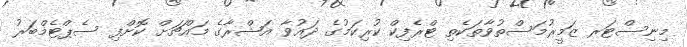
މިނިސްޓަރ ޒަމީރުމަސްތުވާތަކެތި ޓްރެފިކް ކުރިކަމުގެ ދައުވާ އަޝްރާގެ މައްޗަށް ކޮށްފި ސެޕްޓެމްބަރު